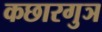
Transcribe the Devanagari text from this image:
कछारगुञ